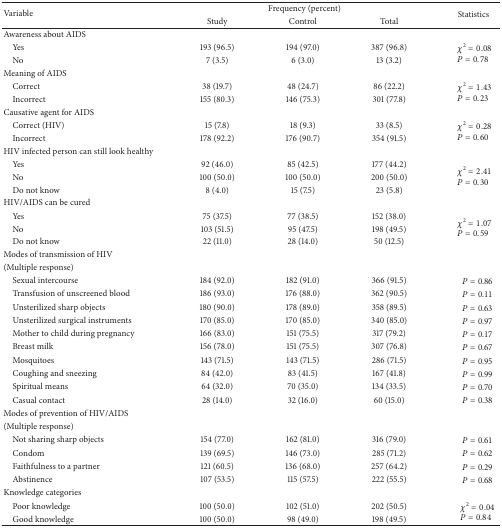
<table><thead><tr><td rowspan="2"><b>Variable </b></td><td colspan="3"><b>Frequency (percent)</b></td><td rowspan="2"><b>Statistics </b></td></tr><tr><td><b>Study </b></td><td><b>Control </b></td><td><b>Total </b></td></tr></thead><tbody><tr><td>Awareness about AIDS</td><td> </td><td> </td><td> </td><td> </td></tr><tr><td> Yes </td><td>193 (96.5)</td><td>194 (97.0)</td><td>387 (96.8)</td><td rowspan="2"><i>χ</i><sup>2</sup> = 0.08 <i>P</i> = 0.78</td></tr><tr><td> No </td><td>7 (3.5)</td><td>6 (3.0)</td><td>13 (3.2)</td></tr><tr><td>Meaning of AIDS</td><td> </td><td> </td><td> </td><td> </td></tr><tr><td> Correct</td><td>38 (19.7)</td><td>48 (24.7)</td><td>86 (22.2)</td><td rowspan="2"><i>χ</i><sup>2</sup> = 1.43 <i>P</i> = 0.23</td></tr><tr><td> Incorrect </td><td>155 (80.3)</td><td>146 (75.3)</td><td>301 (77.8)</td></tr><tr><td>Causative agent for AIDS</td><td> </td><td> </td><td> </td><td> </td></tr><tr><td> Correct (HIV)</td><td>15 (7.8)</td><td>18 (9.3)</td><td>33 (8.5)</td><td rowspan="2"><i>χ</i><sup>2</sup> = 0.28 <i>P</i> = 0.60</td></tr><tr><td> Incorrect</td><td>178 (92.2)</td><td>176 (90.7)</td><td>354 (91.5)</td></tr><tr><td>HIV infected person can still look healthy</td><td> </td><td> </td><td> </td><td> </td></tr><tr><td> Yes</td><td>92 (46.0)</td><td>85 (42.5)</td><td>177 (44.2)</td><td rowspan="3"><i>χ</i><sup>2</sup> = 2.41 <i>P</i> = 0.30</td></tr><tr><td> No </td><td>100 (50.0)</td><td>100 (50.0)</td><td>200 (50.0)</td></tr><tr><td> Do not know</td><td>8 (4.0)</td><td>15 (7.5)</td><td>23 (5.8)</td></tr><tr><td>HIV/AIDS can be cured</td><td> </td><td> </td><td> </td><td> </td></tr><tr><td> Yes</td><td>75 (37.5)</td><td>77 (38.5)</td><td>152 (38.0)</td><td rowspan="3"><i>χ</i><sup>2</sup> = 1.07 <i>P</i> = 0.59</td></tr><tr><td> No </td><td>103 (51.5)</td><td>95 (47.5)</td><td>198 (49.5)</td></tr><tr><td> Do not know</td><td>22 (11.0)</td><td>28 (14.0)</td><td>50 (12.5)</td></tr><tr><td>Modes of transmission of HIV </td><td> </td><td> </td><td> </td><td> </td></tr><tr><td>(Multiple response) </td><td> </td><td> </td><td> </td><td> </td></tr><tr><td> Sexual intercourse</td><td>184 (92.0)</td><td>182 (91.0)</td><td>366 (91.5)</td><td><i>P</i> = 0.86</td></tr><tr><td> Transfusion of unscreened blood</td><td>186 (93.0)</td><td>176 (88.0)</td><td>362 (90.5)</td><td><i>P</i> = 0.11</td></tr><tr><td> Unsterilized sharp objects</td><td>180 (90.0)</td><td>178 (89.0)</td><td>358 (89.5)</td><td><i>P</i> = 0.63</td></tr><tr><td> Unsterilized surgical instruments</td><td>170 (85.0)</td><td>170 (85.0)</td><td>340 (85.0)</td><td><i>P</i> = 0.97</td></tr><tr><td> Mother to child during pregnancy</td><td>166 (83.0)</td><td>151 (75.5)</td><td>317 (79.2)</td><td><i>P</i> = 0.17</td></tr><tr><td> Breast milk</td><td>156 (78.0)</td><td>151 (75.5)</td><td>307 (76.8)</td><td><i>P</i> = 0.67</td></tr><tr><td> Mosquitoes</td><td>143 (71.5)</td><td>143 (71.5)</td><td>286 (71.5)</td><td><i>P</i> = 0.95</td></tr><tr><td> Coughing and sneezing</td><td>84 (42.0)</td><td>83 (41.5)</td><td>167 (41.8)</td><td><i>P</i> = 0.99</td></tr><tr><td> Spiritual means</td><td>64 (32.0)</td><td>70 (35.0)</td><td>134 (33.5)</td><td><i>P</i> = 0.70</td></tr><tr><td> Casual contact</td><td>28 (14.0)</td><td>32 (16.0)</td><td>60 (15.0)</td><td><i>P</i> = 0.38</td></tr><tr><td>Modes of prevention of HIV/AIDS</td><td> </td><td> </td><td> </td><td> </td></tr><tr><td>(Multiple response) </td><td> </td><td> </td><td> </td><td> </td></tr><tr><td> Not sharing sharp objects</td><td>154 (77.0)</td><td>162 (81.0)</td><td>316 (79.0)</td><td><i>P</i> = 0.61</td></tr><tr><td> Condom</td><td>139 (69.5)</td><td>146 (73.0)</td><td>285 (71.2)</td><td><i>P</i> = 0.62</td></tr><tr><td> Faithfulness to a partner</td><td>121 (60.5)</td><td>136 (68.0)</td><td>257 (64.2)</td><td><i>P</i> = 0.29</td></tr><tr><td> Abstinence </td><td>107 (53.5)</td><td>115 (57.5)</td><td>222 (55.5)</td><td><i>P</i> = 0.68</td></tr><tr><td>Knowledge categories</td><td> </td><td> </td><td> </td><td> </td></tr><tr><td> Poor knowledge</td><td>100 (50.0)</td><td>102 (51.0)</td><td>202 (50.5)</td><td rowspan="2"><i>χ</i><sup>2</sup> = 0.04 <i>P</i> = 0.84</td></tr><tr><td> Good knowledge</td><td>100 (50.0)</td><td>98 (49.0)</td><td>198 (49.5)</td></tr></tbody></table>